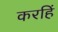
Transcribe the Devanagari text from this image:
करहिं